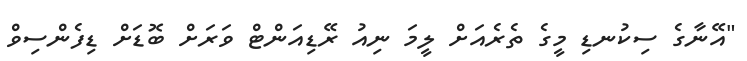
"އޭނާގެ ސިކުނޑި މީގެ ތެރެއަށް ލީމަ ނިއު ރޭޑިއަންޓް ވަރަށް ބޮޑަށް ޑިފެންސިވް